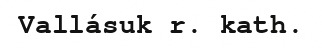
Vallásuk r. kath.